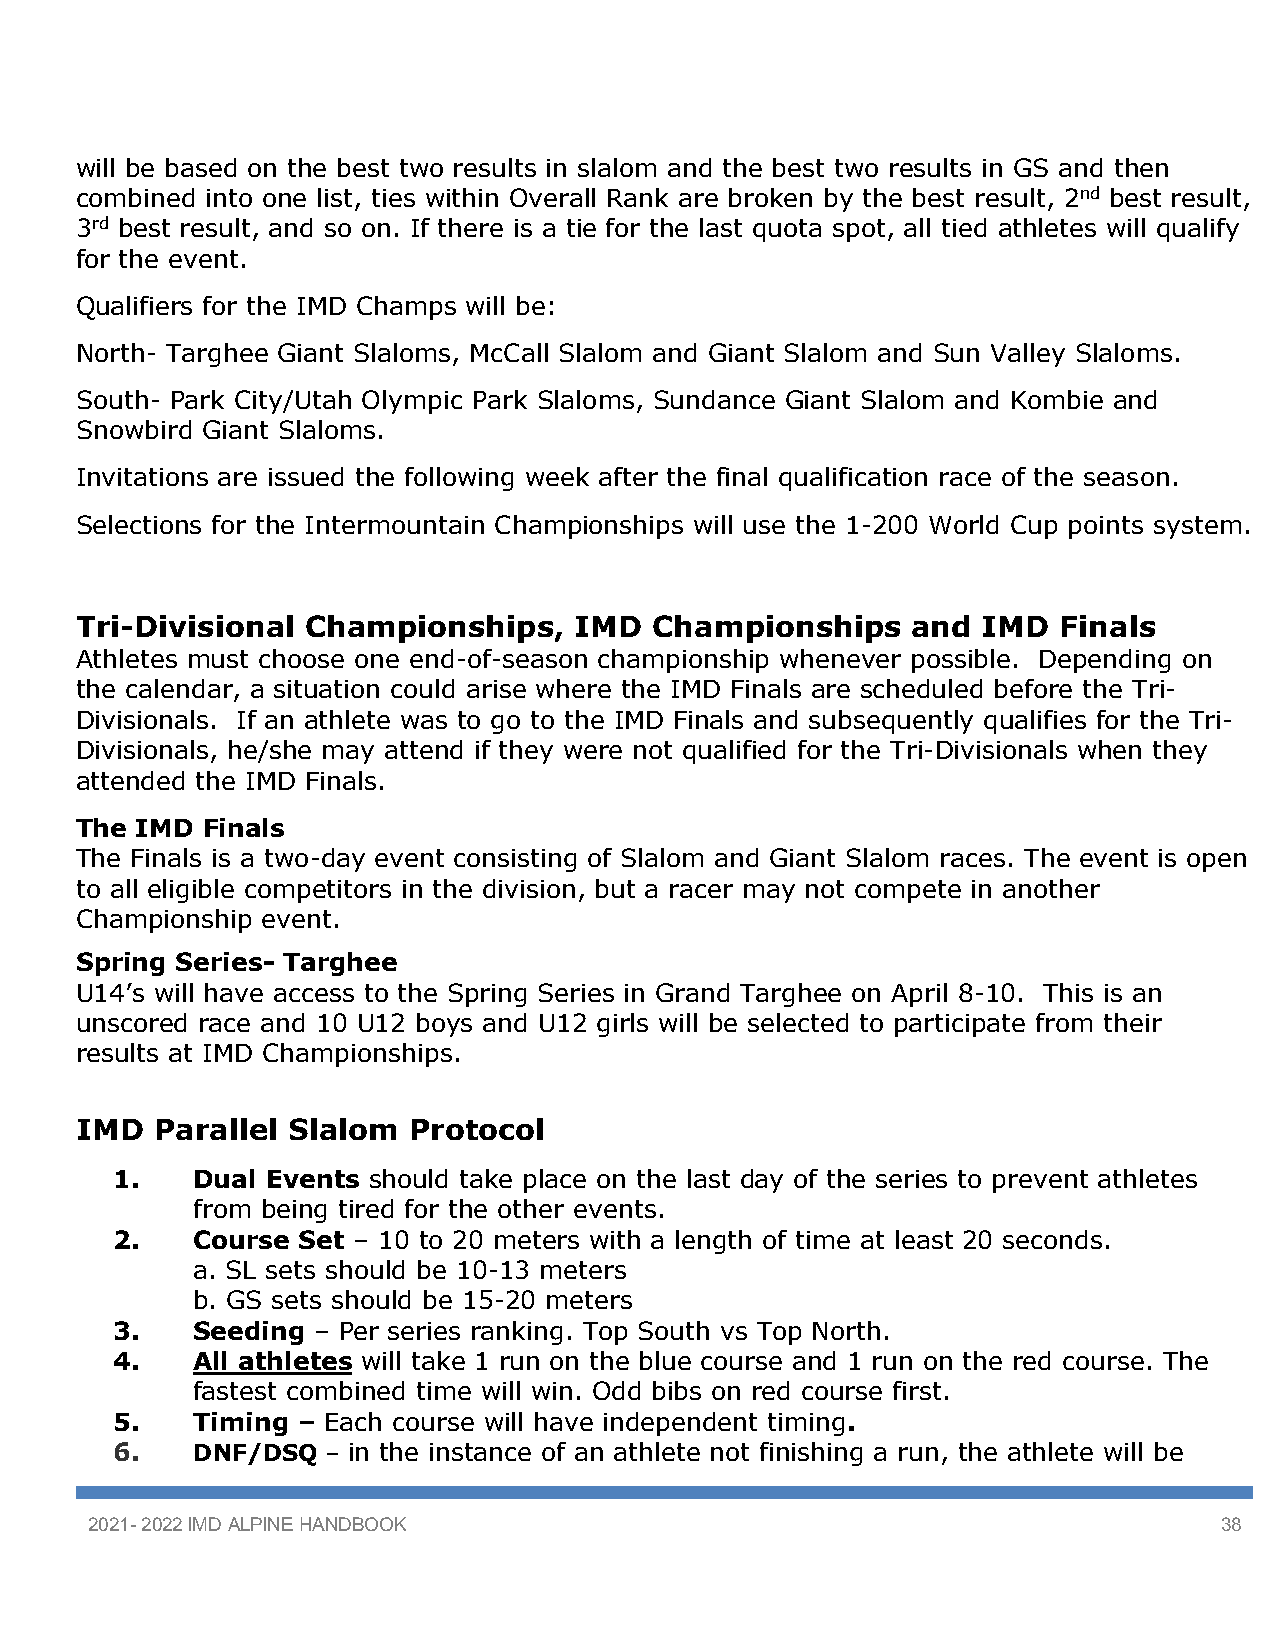
will be based on the best two results in slalom and the best two results in GS and then
 combined into one list, ties within Overall Rank are broken by the best result, 2nd best result,
 3rd best result, and so on. If there is a tie for the last quota spot, all tied athletes will qualify
 for the event.
 Qualifiers for the IMD Champs will be:
 North- Targhee Giant Slaloms, McCall Slalom and Giant Slalom and Sun Valley Slaloms.
 South- Park City/Utah Olympic Park Slaloms, Sundance Giant Slalom and Kombie and
 Snowbird Giant Slaloms.
 Invitations are issued the following week after the final qualification race of the season.
 Selections for the Intermountain Championships will use the 1-200 World Cup points system.
 Tri-Divisional Championships,    IMD  Championships    and  IMD  Finals
 Athletes must choose one end-of-season championship whenever possible. Depending on
 the calendar, a situation could arise where the IMD Finals are scheduled before the Tri-
 Divisionals. If an athlete was to go to the IMD Finals and subsequently qualifies for the Tri-
 Divisionals, he/she may attend if they were not qualified for the Tri-Divisionals when they
 attended the IMD Finals.
 The IMD Finals
 The Finals is a two-day event consisting of Slalom and Giant Slalom races. The event is open
 to all eligible competitors in the division, but a racer may not compete in another
 Championship event.
 Spring Series- Targhee
 U14’s will have access to the Spring Series in Grand Targhee on April 8-10. This is an
 unscored race and 10 U12 boys and U12 girls will be selected to participate from their
 results at IMD Championships.
 IMD  Parallel Slalom  Protocol
 1.   Dual Events should take place on the last day of the series to prevent athletes
 from being tired for the other events.
 2.   Course Set – 10 to 20 meters with a length of time at least 20 seconds.
 a. SL sets should be 10-13 meters
 b. GS sets should be 15-20 meters
 3.   Seeding – Per series ranking. Top South vs Top North.
 4.   All athletes will take 1 run on the blue course and 1 run on the red course. The
 fastest combined time will win. Odd bibs on red course first.
 5.   Timing – Each course will have independent timing.
 6.   DNF/DSQ  – in the instance of an athlete not finishing a run, the athlete will be
 2021- 2022 IMD ALPINE HANDBOOK                                             38